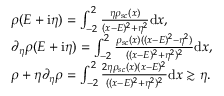
\begin{array} { r l } & { \rho ( E + \mathrm { i } \eta ) = \int _ { - 2 } ^ { 2 } \frac { \eta \rho _ { s c } ( x ) } { ( x - E ) ^ { 2 } + \eta ^ { 2 } } \mathrm { d } x , } \\ & { \partial _ { \eta } \rho ( E + \mathrm { i } \eta ) = \int _ { - 2 } ^ { 2 } \frac { \rho _ { s c } ( x ) ( ( x - E ) ^ { 2 } - \eta ^ { 2 } ) } { ( ( x - E ) ^ { 2 } + \eta ^ { 2 } ) ^ { 2 } } \mathrm { d } x , } \\ & { \rho + \eta \partial _ { \eta } \rho = \int _ { - 2 } ^ { 2 } \frac { 2 \eta \rho _ { s c } ( x ) ( x - E ) ^ { 2 } } { ( ( x - E ) ^ { 2 } + \eta ^ { 2 } ) ^ { 2 } } \mathrm { d } x \gtrsim \eta . } \end{array}